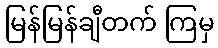
မြန်မြန်ချီတက် ကြမှ